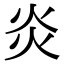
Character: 炎